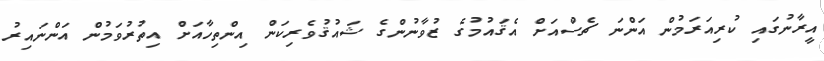
އީރާނުގައި ކުރިއަރަމުން އަންނަ ޗެސްއަށް އެޤައުމުގެ ޒުވާނުންގެ ޝައުޤުވެރިކަން އިންތިހާއަށް އިތުރުވަމުން އަންނައިރު